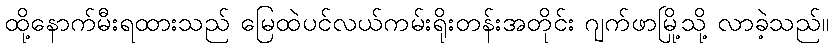
ထို့နောက်မီးရထားသည် မြေထဲပင်လယ်ကမ်းရိုးတန်းအတိုင်း ဂျက်ဖာမြို့သို့ လာခဲ့သည်။